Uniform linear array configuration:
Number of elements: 4
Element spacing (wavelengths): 0.75
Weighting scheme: uniform
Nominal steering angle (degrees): -30
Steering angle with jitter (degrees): -28.954
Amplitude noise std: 0.05
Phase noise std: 0.05

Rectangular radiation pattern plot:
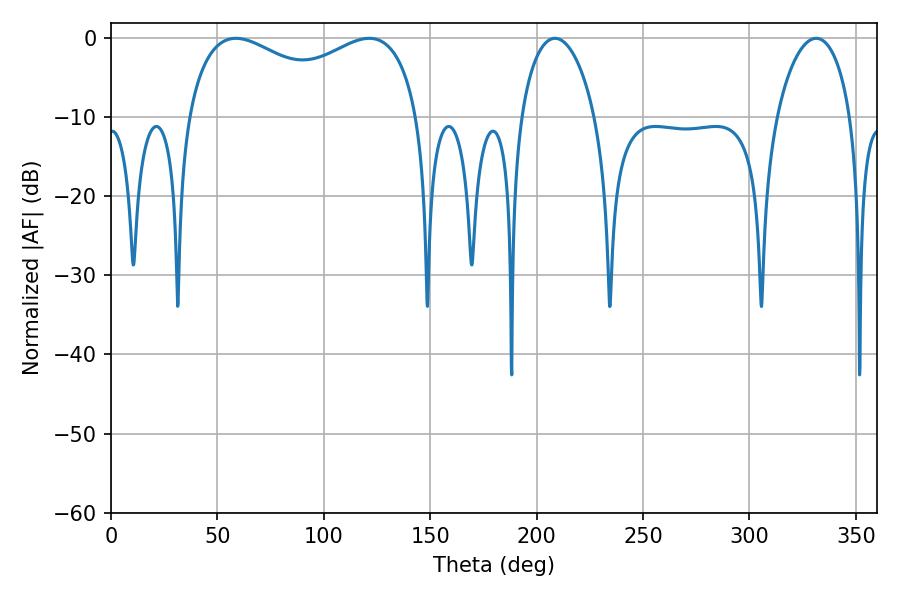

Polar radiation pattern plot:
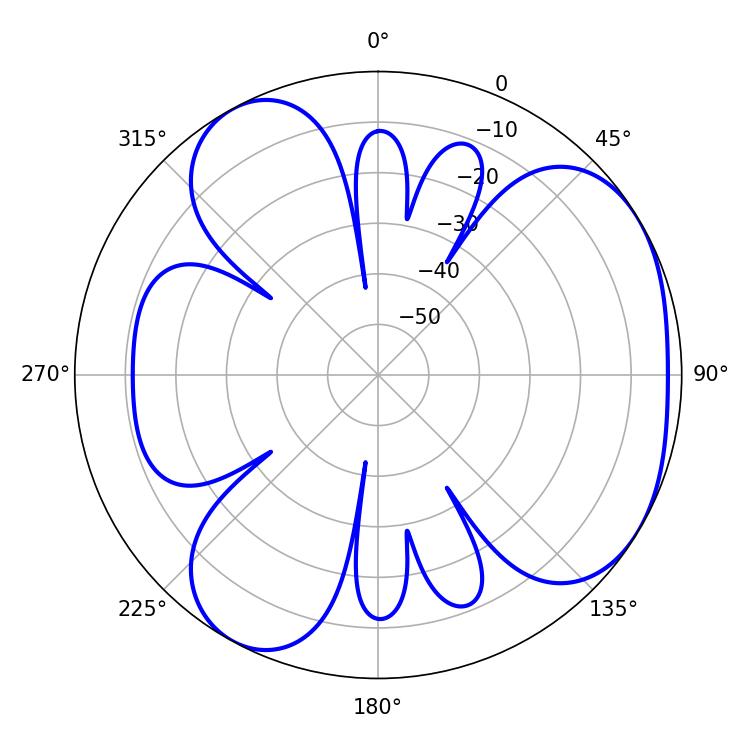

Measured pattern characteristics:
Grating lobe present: TRUE
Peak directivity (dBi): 4.389
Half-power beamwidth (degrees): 90.72
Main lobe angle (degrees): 58.68